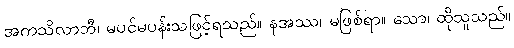
အကသိလာဘီ၊ မပင်မပန်းသဖြင့်ရသည်။ နအဿ၊ မဖြစ်ရာ။ သော၊ ထိုသူသည်။